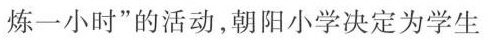
炼一小时”的活动，朝阳小学决定为学生